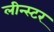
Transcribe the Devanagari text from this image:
लीन्स्टर